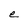
Character: e